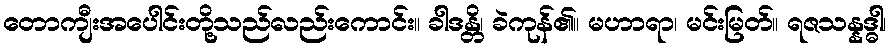
တောကျီးအပေါင်းတို့သည်လည်းကောင်း။ ခါဒန္တိ၊ ခဲကုန်၏။ မဟာရာ၊ မင်းမြတ်။ ရဇသန္နဒ္ဓါ၊